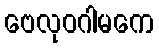
ဗေလုဝဂါမကေ